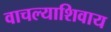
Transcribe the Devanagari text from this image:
वाचल्याशिवाय